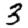
Digit: 3